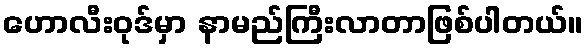
ဟောလီးဝုဒ်မှာ နာမည်ကြီးလာတာဖြစ်ပါတယ်။